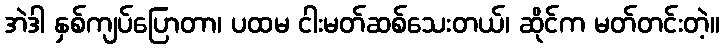
အဲဒါ နှစ်ကျပ်ပြောတာ၊ ပထမ ငါးမတ်ဆစ်သေးတယ်၊ ဆိုင်က မတ်တင်းတဲ့။